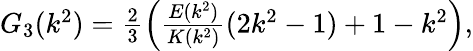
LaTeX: \begin{array}{r}{G_{3}(k^{2})=\frac{2}{3}\left(\frac{E(k^{2})}{K(k^{2})}(2k^{2}-1)+1-k^{2}\right),}\end{array}